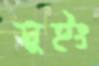
সুইং